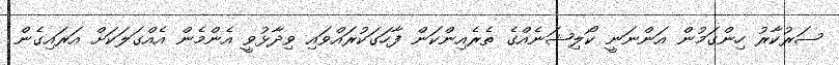
ސަރުކާރު ހިންގަމުން އަންނަނީ ކޯލިޝަނެއްގެ ތެރެއިންކަން ފާހަގަކުރައްވައި ވިދާޅުވީ އެންމެން އެއްގަލަކަށް އަރައިގެން